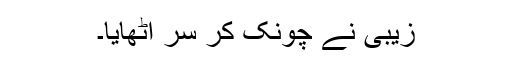
زیبی نے چونک کر سر اٹھایا۔